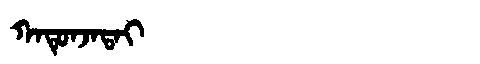
Manchu: ᡴᠠᡨᡠᠨᠵᠠᡨᠠᡳ
Romanization: KATUNJATAI